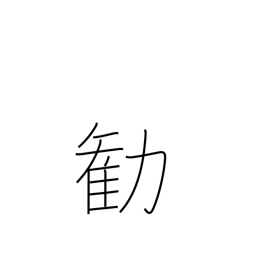
Meaning: persuade